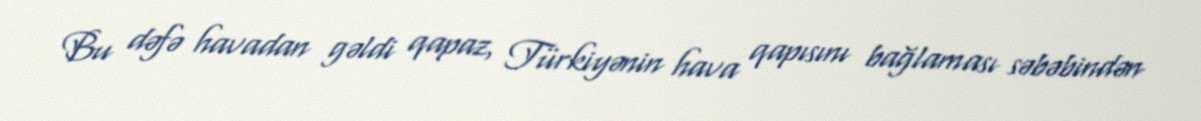
Bu dəfə havadan gəldi qapaz, Türkiyənin hava qapısını bağlaması səbəbindən